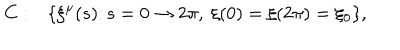
C : \ \ \ \{ \xi ^ { \mu } ( s ) \colon s = 0 \rightarrow 2 \pi , \ \xi ( 0 ) = \xi ( 2 \pi ) = \xi _ { 0 } \} ,